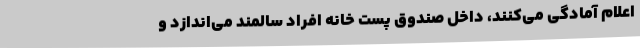
اعلام آمادگی می‌کنند، داخل صندوق پست خانه افراد سالمند می‌اندازد و